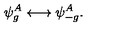
\psi _ { g } ^ { A } \longleftrightarrow \psi _ { - g } ^ { A } .